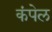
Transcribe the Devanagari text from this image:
कंपेल